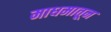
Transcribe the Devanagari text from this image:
माधमातून